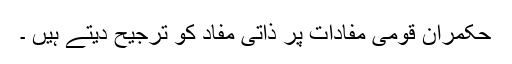
حکمران قومی مفادات پر ذاتی مفاد کو ترجیح دیتے ہیں ۔